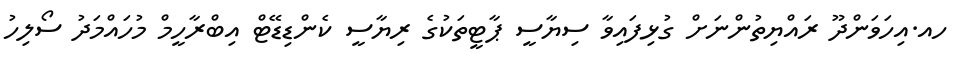
ހއ.އިހަވަންދޫ ރައްޔިތުންނަށް ގުޅިފައިވާ ސިޔާސީ ޕާޓީތަކުގެ ރިޔާސީ ކެންޑިޑޭޓް އިބްރާހީމް މުހައްމަދު ސޯލިހު